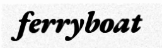
ferryboat